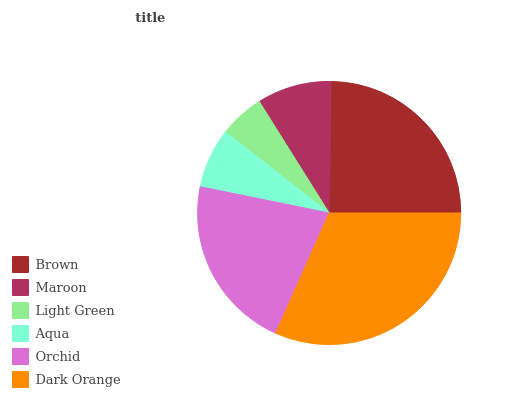
| Brown | Maroon | Light Green | Aqua | Orchid | Dark Orange |
 | --- | --- | --- | --- | --- | --- |
 | 24.8% | 9.15% | 5.52% | 7.37% | 21.5% | 31.7% |